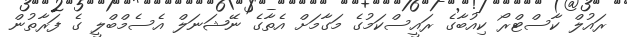
ރައުލް ކާސްޓްރޯ ކިއުބާގެ ރައީސްކަމުގެ މަގާމަށް އެތާގެ ނޭޝަނަލް އެސެމްބްލީ ގެ ފަރާތުން